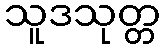
သူဒသုတ္တ